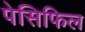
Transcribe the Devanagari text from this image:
पेसिफिल